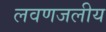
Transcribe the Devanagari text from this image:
लवणजलीय